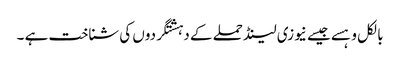
بالکل وہسے جیسے نیوزی لینڈ حملے کے دہشتگردوں کی شناخت ہے ۔